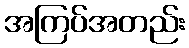
အကြပ်အတည်း